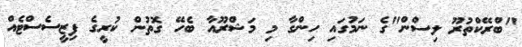
"ބްރޭކްތުރޫ ލިސްން"ގެ ނަމުގައި ހިންގާ މި މަޝްރޫއާ ބެހޭ ގޮތުން ކުރީގެ ފިޒީސެސްޓެއް